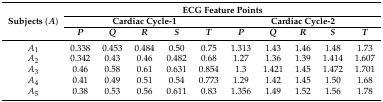
| <ROWSPAN=3> Subjects (A) | <COLSPAN=10> ECG Feature Points |
 | <COLSPAN=5> Cardiac Cycle-1 | <COLSPAN=5> Cardiac Cycle-2 |
 | P | Q | R | S | T | P | Q | R | S | T |
 | --- | --- | --- | --- | --- | --- | --- | --- | --- | --- | --- |
 | A1 | 0.338 | 0.453 | 0.484 | 0.50 | 0.75 | 1.313 | 1.43 | 1.46 | 1.48 | 1.73 |
 | A2 | 0.342 | 0.43 | 0.46 | 0.482 | 0.68 | 1.27 | 1.36 | 1.39 | 1.414 | 1.607 |
 | A3 | 0.46 | 0.58 | 0.61 | 0.631 | 0.854 | 1.3 | 1.421 | 1.45 | 1.472 | 1.701 |
 | A4 | 0.41 | 0.49 | 0.51 | 0.54 | 0.773 | 1.29 | 1.42 | 1.45 | 1.50 | 1.68 |
 | A5 | 0.38 | 0.53 | 0.56 | 0.611 | 0.83 | 1.356 | 1.49 | 1.52 | 1.56 | 1.78 |